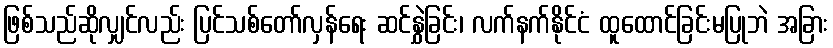
ဖြစ်သည်ဆိုလျှင်လည်း ပြင်သစ်တော်လှန်ရေး ဆင်နွှဲခြင်း၊ လက်နက်နိုင်ငံ ထူထောင်ခြင်းမပြုဘဲ အခြား